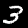
Label: 3